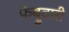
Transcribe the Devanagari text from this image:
फॆब्रुवारी